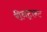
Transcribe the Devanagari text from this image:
रीनट्रान्ट